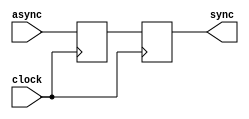
module syncstage
(
   input                         clock,
   input                         async,

   output reg                    sync = 0
);

   reg         sync_1st = 0;


   always @(posedge clock)
      sync_1st <= async;


   always @(posedge clock)
      sync <= sync_1st;


endmodule